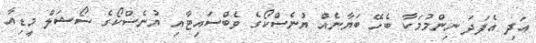
އަދި އެފަދަ ނިންމުމަކާ ބެހޭ ބަޔާނެއް ޔުނެސްކޯގެ ވެބްސައިޓާއި ޔުނެސްކޯގެ ސޯޝަލް މީޑިއާ